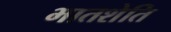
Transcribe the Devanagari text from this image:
भातशेति